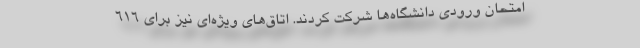
امتحان ورودی دانشگاه‌ها شرکت کردند. اتاق‌های ویژه‌ای نیز برای 616